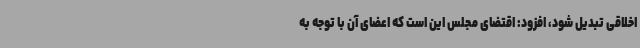
اخلاقی تبدیل شود، افزود: اقتضای مجلس این است که اعضای آن با توجه به